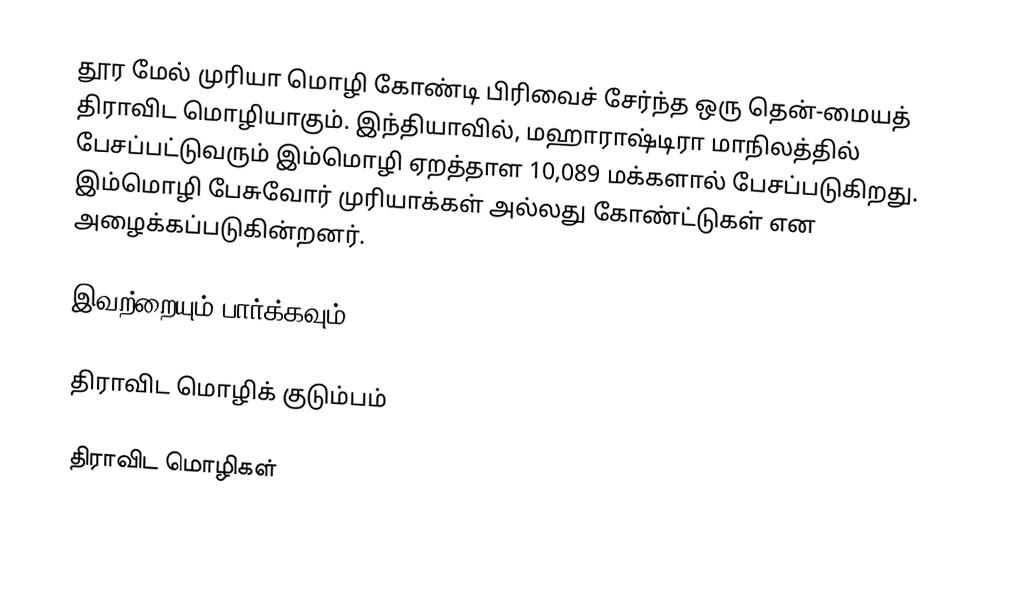
தூர மேல் முரியா மொழி கோண்டி பிரிவைச் சேர்ந்த ஒரு தென்-மையத் திராவிட மொழியாகும். இந்தியாவில், மஹாராஷ்டிரா மாநிலத்தில் பேசப்பட்டுவரும் இம்மொழி ஏறத்தாள 10,089 மக்களால் பேசப்படுகிறது. இம்மொழி பேசுவோர் முரியாக்கள் அல்லது கோண்ட்டுகள் என அழைக்கப்படுகின்றனர்.

இவற்றையும் பார்க்கவும்

 திராவிட மொழிக் குடும்பம்

திராவிட மொழிகள்